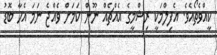
ކީއްވެތޯއެވެ. އެފިލްމަކީ ރިޝްމީގެ އެއްޗެއް ނޫން ކަމަށް ވެއްޖެ ނަމަ އެހާ ބޮޑު